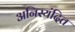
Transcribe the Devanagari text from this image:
अनिस्यंदित